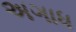
અગાધ